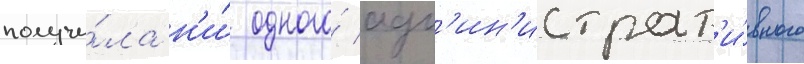
получи́ла н'и́ одного́ адм'ин'истрат'и́вного